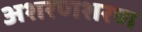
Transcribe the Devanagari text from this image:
अशरणशरण